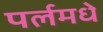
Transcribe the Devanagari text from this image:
पर्लमधे